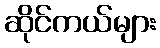
ဆိုင်ကယ်များ